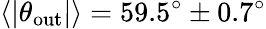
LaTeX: \langle|\theta_{\mathrm{out}}|\rangle=59.5^{\circ}\pm 0.7^{\circ}